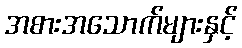
အစားအသောက်များနှင့်